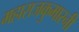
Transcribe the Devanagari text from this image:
महाराजकुमारनी